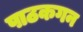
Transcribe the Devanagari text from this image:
पाठकगन